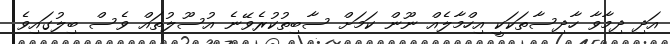
އަދި ދިމާވާ ހާދިސާތަކަކީ އިހްމާލެއް ނޫން ކަމަށް ސާބިތުކުރެވޭނެ އުސޫލުތައް ވެސް ބިލުގައިވެ